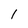
Character: I